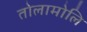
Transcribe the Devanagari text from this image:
तोलामोलि